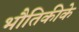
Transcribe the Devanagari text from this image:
भौतिकीके